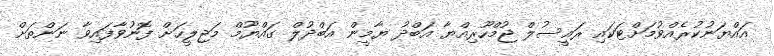
އައްޔަނުކުރެއްވުމަށްޓަކައި ރައީސުލް ޖުމްހޫރިއްޔާ އަބްދު ޔާމީން އަބްދުލް ގައްޔޫމް މަޖިލީހަށް ފޮނުވާފައިވާ ނަންތަށް